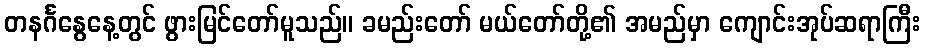
တနင်္ဂနွေနေ့တွင် ဖွားမြင်တော်မူသည်။ ခမည်းတော် မယ်တော်တို့၏ အမည်မှာ ကျောင်းအုပ်ဆရာကြီး